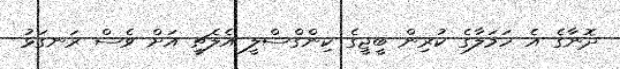
ދޮނާގެ އެ ހަމަލާގެ ކުރިން ބީޖީގެ ކިންގްސްލީ އެލެޗީ އަށް ވެސް ރަނގަޅު